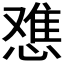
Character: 𫺷